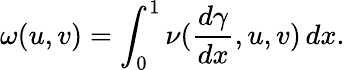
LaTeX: \omega(u,v)=\int_{0}^{1}\nu(\frac{d\gamma}{dx},u,v)\, dx.